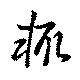
輙